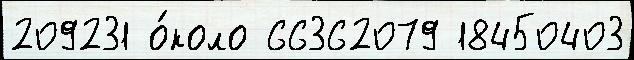
209231 о́коло 66362079 18450403